Indian journal of veterinary science and animal husbandry - Volumes 18-21, 1948-1951
Year: 1948
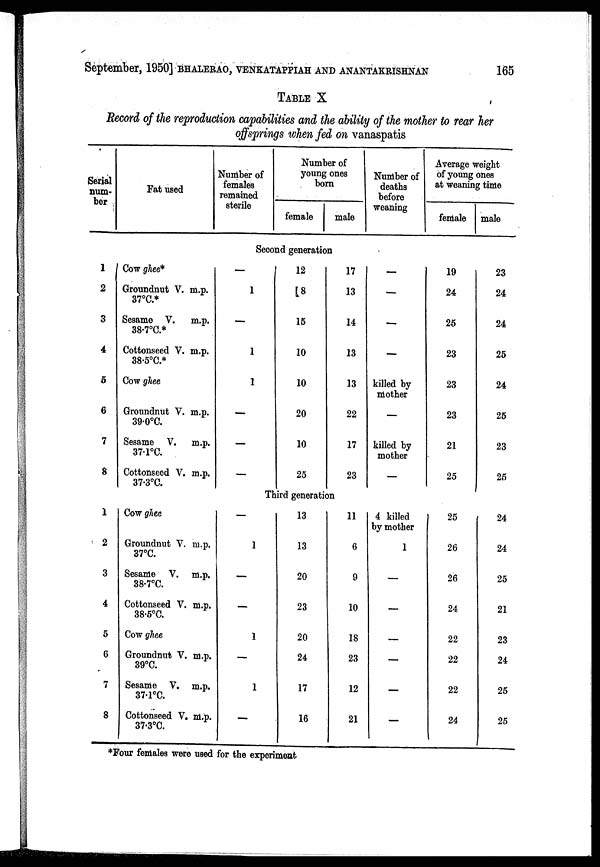
September, 1950] BHALERAO, VENKATAPPIAH AND ANANTAKRISHNAN 165
TABLE X
Record of the reproduction capabilities and the ability of the mother to rear her
offsprings when fed on vanaspatis
Serial
num-
ber
Fat used
Number of
females
remained
sterile
Number of
young ones
born
female
male
Number of
deaths
before
weaning
Average weight
of young ones
at weaning time
female male
Second generation
1
2
3
4
5
6
7
8
Cow ghee*
Groundnut V. m.p.
37°C.*
Sesame V. m.p.
38.7°C.*
Cottonseed V. m.p.
38.5°C.*
Cow ghee
Groundnut V. m.p.
39.0°C.
Sesame V. m.p.
37.1°C.
Cottonseed V. m.p.
37.3°C.
—
1
—
1
1
—
—
—
12
8
15
10
10
20
10
25
17
13
14
13
13
22
17
23
—
—
—
—
killed by
mother
—
killed by
mother
—
19
24
25
23
23
23
21
25
23
24
24
25
24
25
23
25
Third generation
1
2
3
4
5
6
7
8
Cow ghee
Groundnut V. m.p.
37°C.
Sesame V. m.p.
38.7°C.
Cottonseed V. m.p.
38.5°C.
Cow ghee
Groundnut V. m.p.
39°C.
Sesame V. m.p.
37.1°C.
Cottonseed V. m.p.
37.3°C.
—
1
—
—
1
—
1
—
13
13
20
23
20
24
17
16
11
6
9
10
18
23
12
21
4 killed
by mother
1
—
—
—
—
—
—
25
26
26
24
22
22
22
24
24
24
25
21
23
24
25
25
*Four females were used for the experiment